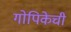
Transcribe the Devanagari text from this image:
गोपिकेची